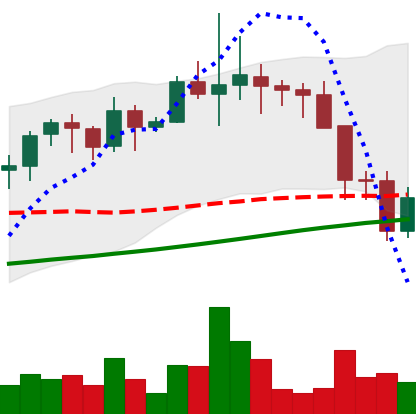
Ticker: LINK-USD
Chart end date: 2021-11-19
Forward return: -7.182%
Label: down_7plus